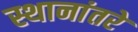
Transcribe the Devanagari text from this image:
स्थानांतरे